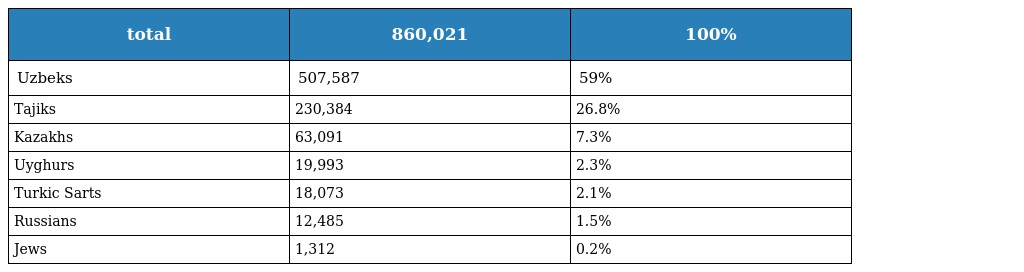
| total | 860,021 | 100% |
 | --- | --- | --- |
 | Uzbeks | 507,587 | 59% |
 | Tajiks | 230,384 | 26.8% |
 | Kazakhs | 63,091 | 7.3% |
 | Uyghurs | 19,993 | 2.3% |
 | Turkic Sarts | 18,073 | 2.1% |
 | Russians | 12,485 | 1.5% |
 | Jews | 1,312 | 0.2% |